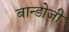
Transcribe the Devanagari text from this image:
बान्डोजी